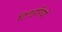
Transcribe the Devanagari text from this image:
टिटहरियों